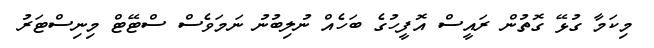
މިކަމާ ގުޅޭ ގޮތުން ރައީސް އޮފީހުގެ ބަހެއް ނުލިބުނު ނަމަވެސް ސްޓޭޓް މިނިސްޓަރު